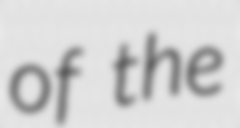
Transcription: of the